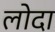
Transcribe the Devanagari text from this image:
लोदा